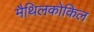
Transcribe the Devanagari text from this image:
मैथिलकोकिल